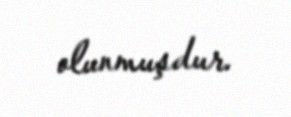
olunmuşdur.